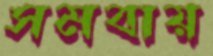
সমবায়